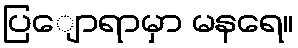
ပြျောရာမှာ မနရေ။